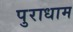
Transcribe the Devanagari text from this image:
पुराधाम